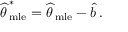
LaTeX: { \widehat { \theta \, } } _ { \mathrm { m l e } } ^ { * } = { \widehat { \theta \, } } _ { \mathrm { m l e } } - { \widehat { b \, } } .